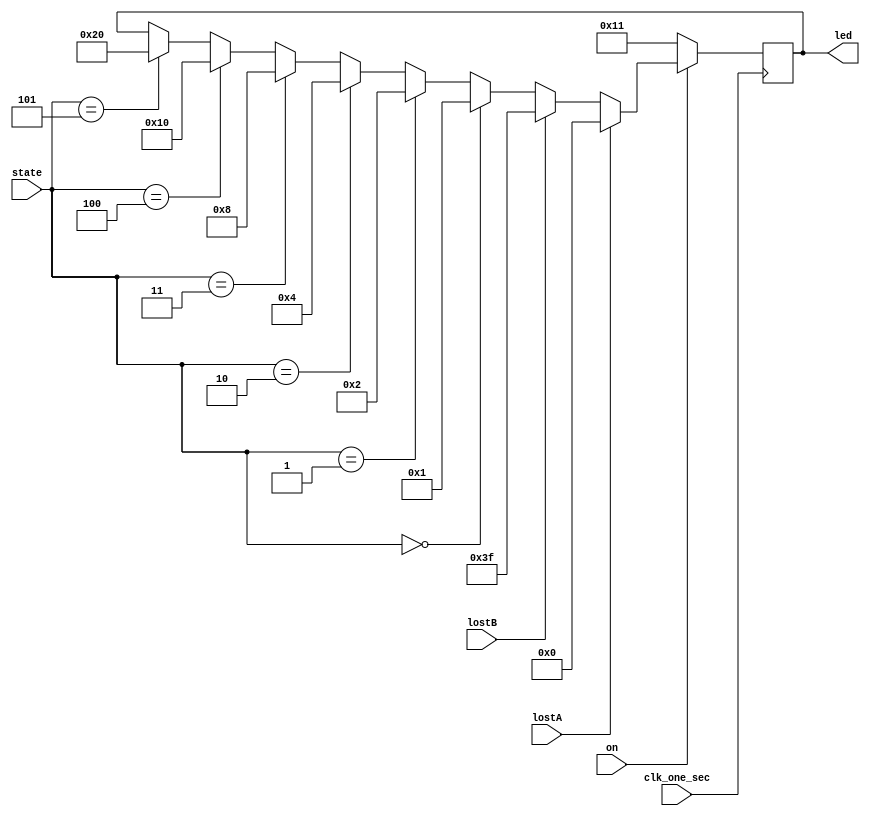
`timescale 1ns / 1ps
//////////////////////////////////////////////////////////////////////////////////
// Company: 
// Engineer: 
// 
// Design Name: 
// Module Name: glow_led
// Project Name: 
// Target Devices: 
// Tool Versions: 
// Description: 
// 
// Dependencies: 
// 
// Revision:
// Revision 0.01 - File Created
// Additional Comments:
// 
//////////////////////////////////////////////////////////////////////////////////


module glow_led(on , clk_one_sec , led , state , lostA , lostB);
input [2:0]state;
input clk_one_sec;
output reg [5:0]led;
input lostA , lostB;
input on;
always @(posedge clk_one_sec)
begin

    if(on)
        begin
        if(lostA)
        begin
            led = 6'b000000;
        end
        else if(lostB)
        begin
            led = 6'b111111;
        end
        
        else
            begin
            if(state == 0)
            begin
                led = 6'b000001;
            end
            else if(state == 1)
            begin
                led = 6'b000010;
            end
            else if(state == 2)
            begin
                led = 6'b000100;
            end
            else if(state == 3)
            begin
                led = 6'b001000;
            end
            else if(state == 4)
            begin
                led = 6'b010000;
            end
            else if(state == 5)
            begin
                led = 6'b100000;
            end
            end  
        end
    else
        begin
            led = 5'b10001;
        end
end
endmodule